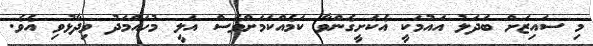
މި ސައިޒަށް ބަދަލު އައުމަކީ އެކަށީގެންވާ ކަމެއްކަމަށްވެސް އަލީ މުހައްމަދު ވިދާޅުވި އެވެ.